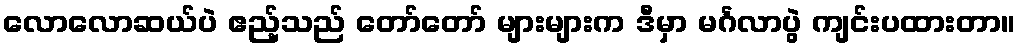
လောလောဆယ်ပဲ ဧည့်သည် တော်တော် များများက ဒီမှာ မင်္ဂလာပွဲ ကျင်းပထားတာ။